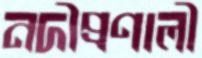
নদীপ্রণালী